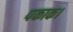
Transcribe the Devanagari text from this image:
पकाक।